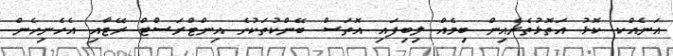
އަނެއްކ ކޮޅު އަތޮޅުތެރެއިން ބިމެއް ލިބިފައި އޮތަސް ބޭންކުތަކުގެ އިންޓްރަސްޓް ރޭޓާއި އެހެނިހެން